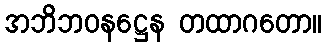
အဘိဘဝနဋ္ဌေန တထာဂတော။